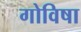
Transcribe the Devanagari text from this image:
गोविषा